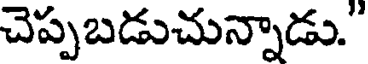
చెప్పబడుచున్నాడు."